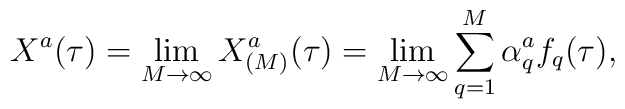
X^a(\tau) =\lim_{M \rightarrow \infty} X^a_{(M)} (\tau) =  \lim_{M \rightarrow \infty} \sum^M_{q=1} \alpha^a_q f_q(\tau),